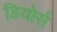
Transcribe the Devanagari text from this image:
डियोर्स